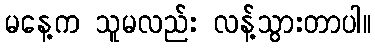
မနေ့က သူမလည်း လန့်သွားတာပါ။